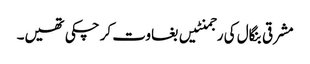
مشرقی بنگال کی رجمنٹیں بغاوت کر چکی تھیں۔